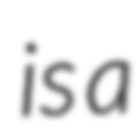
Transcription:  is a